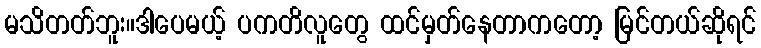
မသိတတ်ဘူး။ဒါပေမယ့် ပကတိလူတွေ ထင်မှတ်နေတာကတော့ မြင်တယ်ဆိုရင်